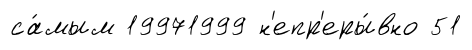
са́мым 19971999 н'епр'еры́вно 51